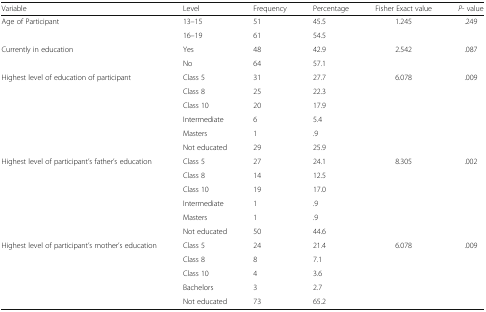
| Variable | Level | Frequency | Percentage | Fisher Exact value | P- value |
 | --- | --- | --- | --- | --- | --- |
 | <ROWSPAN=2> Age of Participant | 13–15 | 51 | 45.5 | 1.245 | <ROWSPAN=2> .249 |
 | 16–19 | 61 | 54.5 |  |
 | <ROWSPAN=2> Currently in education | Yes | 48 | 42.9 | 2.542 | <ROWSPAN=2> .087 |
 | No | 64 | 57.1 |  |
 | <ROWSPAN=6> Highest level of education of participant | Class 5 | 31 | 27.7 | 6.078 | <ROWSPAN=6> .009 |
 | Class 8 | 25 | 22.3 |  |
 | Class 10 | 20 | 17.9 |  |
 | Intermediate | 6 | 5.4 |  |
 | Masters | 1 | .9 |  |
 | Not educated | 29 | 25.9 |  |
 | <ROWSPAN=6> Highest level of participant’s father’s education | Class 5 | 27 | 24.1 | 8.305 | <ROWSPAN=6> .002 |
 | Class 8 | 14 | 12.5 |  |
 | Class 10 | 19 | 17.0 |  |
 | Intermediate | 1 | .9 |  |
 | Masters | 1 | .9 |  |
 | Not educated | 50 | 44.6 |  |
 | <ROWSPAN=5> Highest level of participant’s mother’s education | Class 5 | 24 | 21.4 | 6.078 | <ROWSPAN=5> .009 |
 | Class 8 | 8 | 7.1 |  |
 | Class 10 | 4 | 3.6 |  |
 | Bachelors | 3 | 2.7 |  |
 | Not educated | 73 | 65.2 |  |